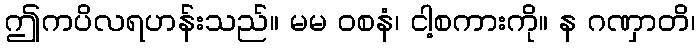
ဤကပိလရဟန်းသည်။ မမ ဝစနံ၊ ငါ့စကားကို။ န ဂဏှာတိ၊